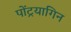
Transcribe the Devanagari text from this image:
पोंट्रयागिन